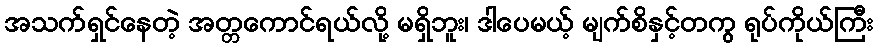
အသက်ရှင်နေတဲ့ အတ္တကောင်ရယ်လို့ မရှိဘူး၊ ဒါပေမယ့် မျက်စိနှင့်တကွ ရုပ်ကိုယ်ကြီး